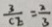
\frac { 3 } { C E } = \frac { 2 } { 3 }